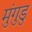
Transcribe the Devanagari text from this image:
मुंगुडु